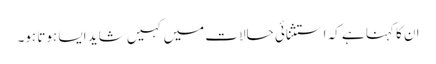
ان کا کہنا ہے کہ استثنائی حالات میں کہیں شاید ایسا ہوتا ہو۔